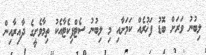
ލިބުނު ވަރަށް ބޮޑު ފަޚުރެއް ކަމަށާއި މި ލިބުނު ސެޓްފިކެޓާއެކު ތިމާވެށީގެ ދާއިރާއިން